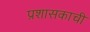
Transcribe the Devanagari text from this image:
प्रशासकाची